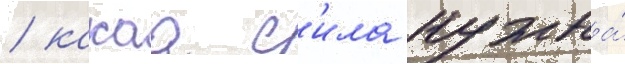
/ какаа с'ила нужна́